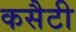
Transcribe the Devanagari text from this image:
कसैटी